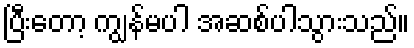
ပြီးတော့ ကျွန်မပါ အဆစ်ပါသွားသည်။